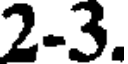
2-3.